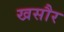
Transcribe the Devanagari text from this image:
खसौर